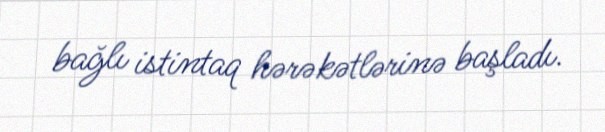
bağlı istintaq hərəkətlərinə başladı.